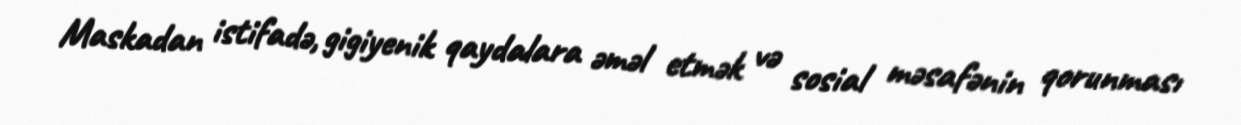
Maskadan istifadə, gigiyenik qaydalara əməl etmək və sosial məsafənin qorunması